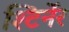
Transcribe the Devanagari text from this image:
श्टिर्नेर